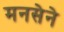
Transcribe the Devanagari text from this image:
मनसेने